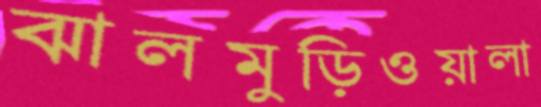
ঝালমুড়িওয়ালা